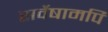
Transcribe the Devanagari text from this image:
सर्वेषामपि